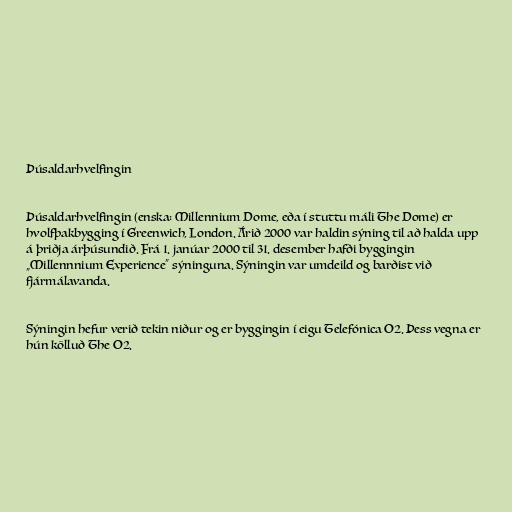
Þúsaldarhvelfingin

Þúsaldarhvelfingin (enska: Millennium Dome, eða í stuttu máli The Dome) er
hvolfþakbygging í Greenwich, London. Árið 2000 var haldin sýning til að halda upp
á þriðja árþúsundið. Frá 1. janúar 2000 til 31. desember hafði byggingin
„Millennnium Experience“ sýninguna. Sýningin var umdeild og barðist við
fjármálavanda.

Sýningin hefur verið tekin niður og er byggingin í eigu Telefónica O2. Þess vegna er
hún kölluð The O2.